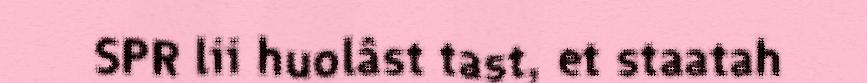
SPR lii huolâst tast, et staatah